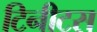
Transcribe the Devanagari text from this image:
टिनीटस